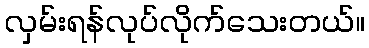
လှမ်းရန်လုပ်လိုက်သေးတယ်။